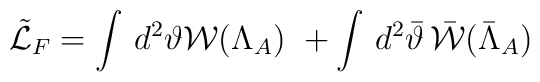
\tilde{\cal L}_{F}=\int\,d^{2}{\vartheta} {\cal W}(\Lambda_{A}) \, \, + \int\, d^{2}\bar{{\vartheta}}\, \bar{{\cal W}}(\bar{\Lambda}_{A})